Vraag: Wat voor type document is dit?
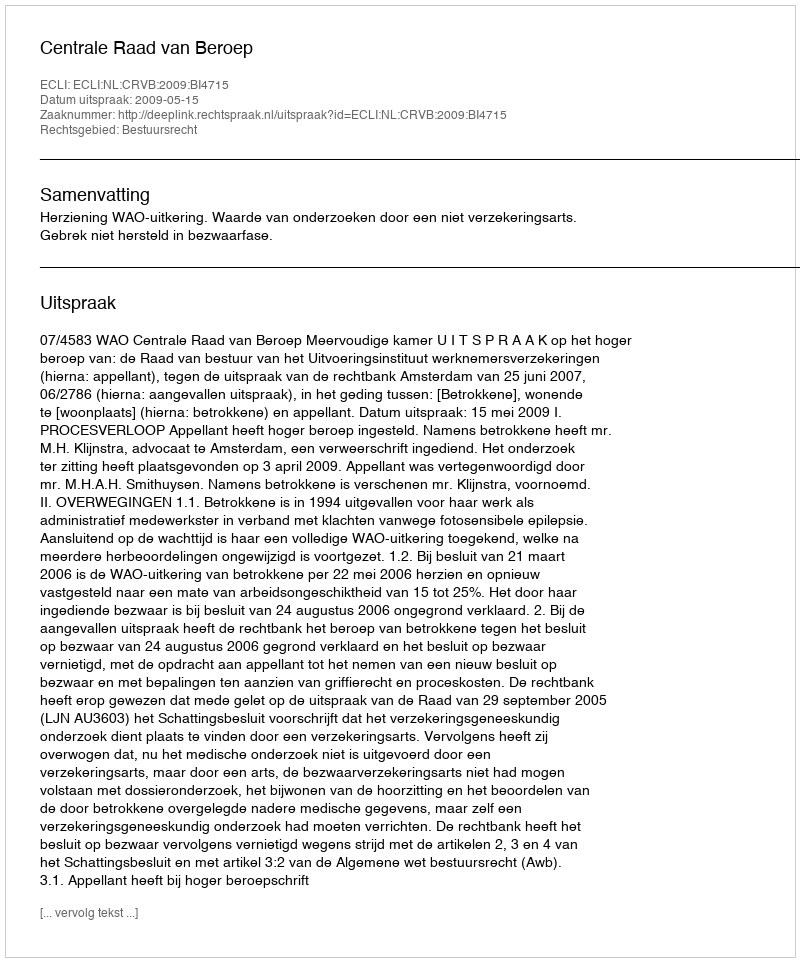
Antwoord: Uitspraak